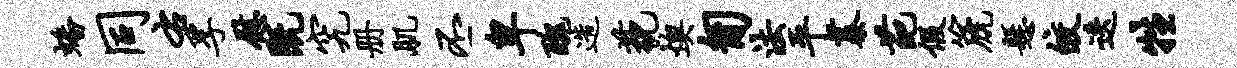
蟠同右孚慰既究册肌丕卑丑造藐燠匍法平蓁葩假篪悬皎迭牲